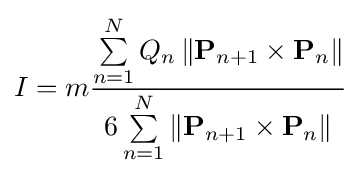
I=m{\frac {\sum \limits _{n=1}^{N}Q_{n}\left\|\mathbf {P} _{n+1}\times \mathbf {P} _{n}\right\|}{6\sum \limits _{n=1}^{N}\left\|\mathbf {P} _{n+1}\times \mathbf {P} _{n}\right\|}}